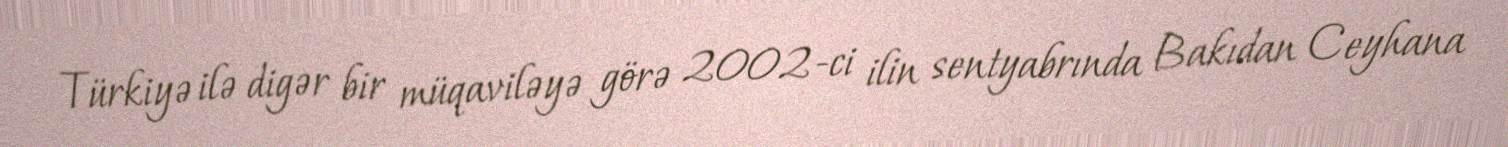
Türkiyə ilə digər bir müqaviləyə görə 2002-ci ilin sentyabrında Bakıdan Ceyhana